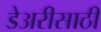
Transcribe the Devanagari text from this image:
डेअरीसाठी